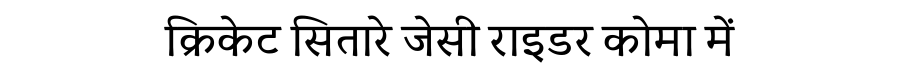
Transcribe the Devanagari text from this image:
क्रिकेट सितारे जेसी राइडर कोमा में